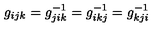
g _ { i j k } = g _ { j i k } ^ { - 1 } = g _ { i k j } ^ { - 1 } = g _ { k j i } ^ { - 1 }